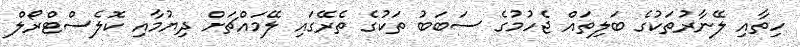
ހިތާއި ލޭނާރުތަކުގެ ބަލިތައް ޖެހުމުގެ ސަބަބު ތަކުގެ ތެރޭގައި ލޭމައްޗަށް ދިޔުމާއި ކޮލެސްޓްރޯލް